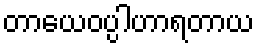
တာယေဝပ္ပါဟာရတာယ